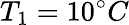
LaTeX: T_{1}=10^{\circ}C